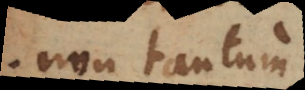
non tantum